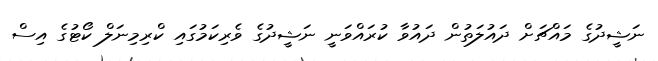
ނަޝީދުގެ މައްޗަށް ދައުލަތުން ދައުވާ ކުރައްވަނީ ނަޝީދުގެ ވެރިކަމުގައި ކްރިމިނަލް ކޯޓުގެ އިސް